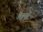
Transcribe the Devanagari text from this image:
अनुव्यूह